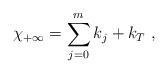
LaTeX: \begin{align*}\chi_{+\infty} = \sum_{j=0}^m k_j + k_T ~,~ \,\end{align*}